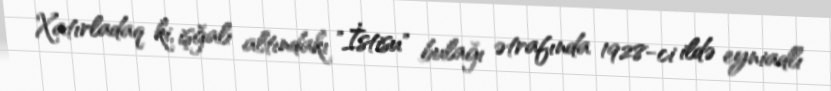
Xatırladaq ki, işğalı altındakı "İstisu" bulağı ətrafında 1928-ci ildə eyniadlı